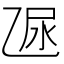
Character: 𠃮